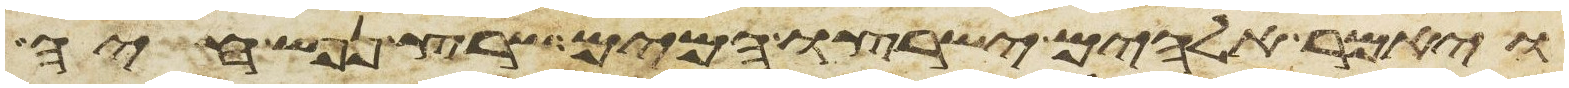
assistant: ויאמר אלהים ישרצו המים שרץ נפש חיה